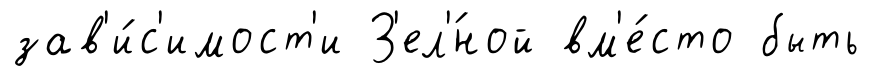
зав'и́с'имост'и З'ел'́ной вм'е́сто быть